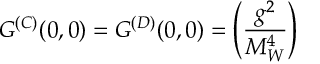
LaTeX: G ^ { ( C ) } ( 0 , 0 ) = G ^ { ( D ) } ( 0 , 0 ) = \left( \frac { g ^ { 2 } } { M _ { W } ^ { 4 } } \right)